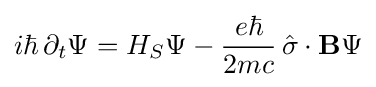
i\hbar \,\partial _{t}\Psi =H_{S}\Psi -{\frac {e\hbar }{2mc}}\,{\hat {\sigma }}\cdot \mathbf {B} \Psi